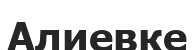
Алиевке